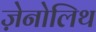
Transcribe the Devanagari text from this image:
ज़ेनोलिथ